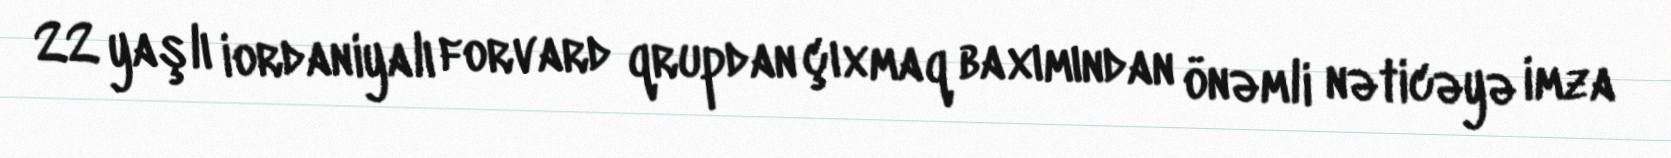
22 yaşlı iordaniyalı forvard qrupdan çıxmaq baxımından önəmli nəticəyə imza